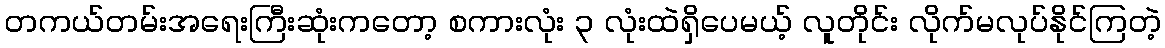
တကယ်တမ်းအရေးကြီးဆုံးကတော့ စကားလုံး ၃ လုံးထဲရှိပေမယ့် လူတိုင်း လိုက်မလုပ်နိုင်ကြတဲ့